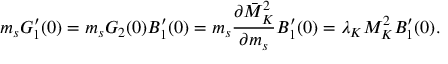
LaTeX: m _ { s } G _ { 1 } ^ { \prime } ( 0 ) = m _ { s } G _ { 2 } ( 0 ) B _ { 1 } ^ { \prime } ( 0 ) = m _ { s } \frac { \partial \bar { M } _ { K } ^ { 2 } } { \partial m _ { s } } B _ { 1 } ^ { \prime } ( 0 ) = \lambda _ { K } M _ { K } ^ { 2 } B _ { 1 } ^ { \prime } ( 0 ) .